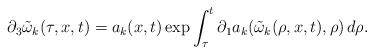
LaTeX: \begin{align*} \partial_3\tilde{\omega}_{k}(\tau,x,t)= a_k(x,t)\exp{\int_{\tau}^{t}\partial_1a_k(\tilde{\omega}_k(\rho,x,t),\rho)\, d\rho}.\end{align*}